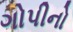
ગોપીનો